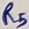
Text: R5